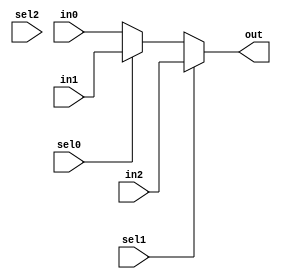
module z_pmux_3(sel0, sel1, sel2, in0, in1, in2, out);
	input sel0, sel1, sel2;
	input [31:0] in0, in1, in2;
	output [31:0] out;
	
	wire [31:0] w1, w2;
	
	assign w1 = sel0 ? in1 : in0;
	assign out = sel1 ? in2 : w1;
	
endmodule